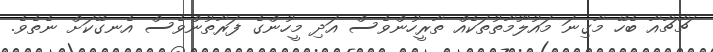
ޗާޗާއާ ބެހޭ މާގިނަ މައުލޫމާތުތަކެއް ތާރީހުންވެސް އަދި މީހުންގެ ފަރާތުންވެސް އެނގޭކަށް ނެތެވެ.